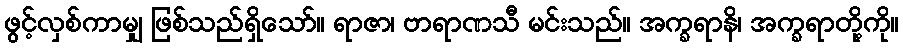
ဖွင့်လှစ်ကာမျှ ဖြစ်သည်ရှိသော်။ ရာဇာ၊ ဗာရာဏသီ မင်းသည်။ အက္ခရာနိ၊ အက္ခရာတို့ကို။